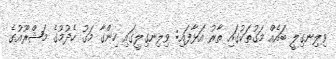
ވިލިނގިލީ ބައެއް މަގުތަކުގައި ތާރު އަޅާފައި: ވިލިނގިލީގައި ހިންގާ މަގު ހެދުމުގެ މަޝްރޫއުގެ